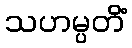
သဟမ္ပတိံ